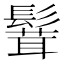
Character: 𩮙